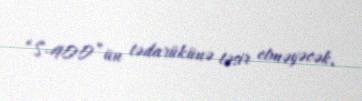
“S-400”ün tədarükünə təsir etməyəcək.